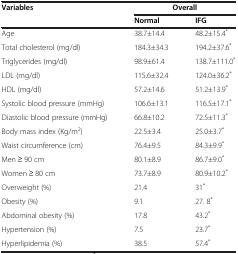
<table><thead><tr><td><b>Variables</b></td><td><b>Overall</b></td><td><b> </b></td></tr><tr><td><b> </b></td><td><b>Normal</b></td><td><b>IFG</b></td></tr></thead><tbody><tr><td>Age</td><td>38.7±14.4</td><td>48.2±15.4<sup>*</sup></td></tr><tr><td>Total cholesterol (mg/dl)</td><td>184.3±34.3</td><td>194.2±37.6<sup>*</sup></td></tr><tr><td>Triglycerides (mg/dl)</td><td>98.9±61.4</td><td>138.7±111.0<sup>*</sup></td></tr><tr><td>LDL (mg/dl)</td><td>115.6±32.4</td><td>124.0±36.2<sup>*</sup></td></tr><tr><td>HDL (mg/dl)</td><td>57.2±14.6</td><td>51.2±13.9<sup>*</sup></td></tr><tr><td>Systolic blood pressure (mmHg)</td><td>106.6±13.1</td><td>116.5±17.1<sup>*</sup></td></tr><tr><td>Diastolic blood pressure (mmHg)</td><td>66.8±10.2</td><td>72.5±11.3<sup>*</sup></td></tr><tr><td>Body mass index (Kg/m<sup>2</sup>)</td><td>22.5±3.4</td><td>25.0±3.7<sup>*</sup></td></tr><tr><td>Waist circumference (cm)</td><td>76.4±9.5</td><td>84.3±9.9<sup>*</sup></td></tr><tr><td>Men ≥ 90 cm</td><td>80.1±8.9</td><td>86.7±9.0<sup>*</sup></td></tr><tr><td>Women ≥ 80 cm</td><td>73.7±8.9</td><td>80.9±10.2<sup>*</sup></td></tr><tr><td>Overweight (%)</td><td>21.4</td><td>31<sup>*</sup></td></tr><tr><td>Obesity (%)</td><td>9.1</td><td>27. 8<sup>*</sup></td></tr><tr><td>Abdominal obesity (%)</td><td>17.8</td><td>43.2<sup>*</sup></td></tr><tr><td>Hypertension (%)</td><td>7.5</td><td>23.7<sup>*</sup></td></tr><tr><td>Hyperlipidemia (%)</td><td>38.5</td><td>57.4<sup>*</sup></td></tr></tbody></table>